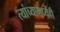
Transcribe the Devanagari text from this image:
त्यांच्यामध्येंही